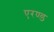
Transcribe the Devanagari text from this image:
एरण्ड